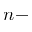
n -